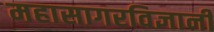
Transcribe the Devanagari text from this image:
महासागरविज्ञानी